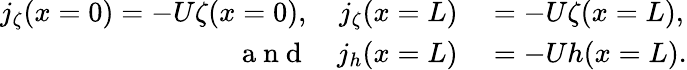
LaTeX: \begin{array}{rl}{j_{\zeta}(x=0)=-U\zeta(x=0),\quad j_{\zeta}(x=L)}&{{}=-U\zeta(x=L),}\\ {\mathrm{~a~n~d~}\quad j_{h}(x=L)}&{{}=-Uh(x=L).}\end{array}